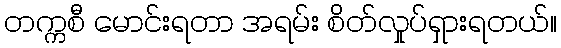
တက္ကစီ မောင်းရတာ အရမ်း စိတ်လှုပ်ရှားရတယ်။